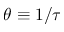
\theta \equiv 1 / \tau